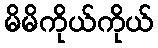
မိမိကိုယ်ကိုယ်